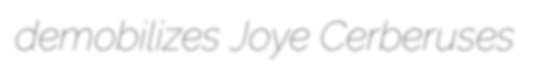
demobilizes Joye Cerberuses